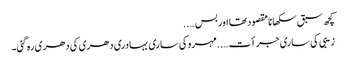
کچھ سبق سکھانا مقصود تھا اور بس…..
زیبی کی ساری جرأت…..مہرو کی ساری بہادری دھری کی دھری رہ گئی۔